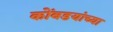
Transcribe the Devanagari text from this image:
कोंबडयांच्या